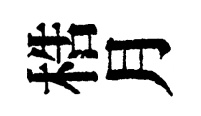
梏月